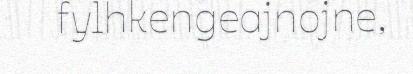
fylhkengeajnojne,